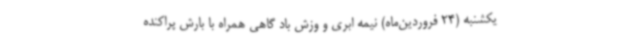
یکشنبه (24 فروردین‌ماه) نیمه ابری و وزش باد گاهی همراه با بارش پراکنده